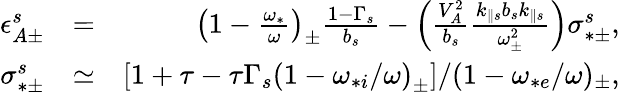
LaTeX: \begin{array}{rlr}{\epsilon_{A\pm}^{s}}&{=}&{\left(1-\frac{\omega_{*}}{\omega}\right)_{\pm}\frac{1-\Gamma_{s}}{b_{s}}-\left(\frac{V_{A}^{2}}{b_{s}}\frac{k_{\parallel s}b_{s}k_{\parallel s}}{\omega_{\pm}^{2}}\right)\sigma_{*\pm}^{s},}\\ {\sigma_{*\pm}^{s}}&{\simeq}&{\left[1+\tau-\tau\Gamma_{s}\left(1-\omega_{*i}/\omega\right)_{\pm}\right]/(1-\omega_{*e}/\omega)_{\pm},}\end{array}